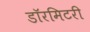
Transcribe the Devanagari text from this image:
डॉरमिटरी